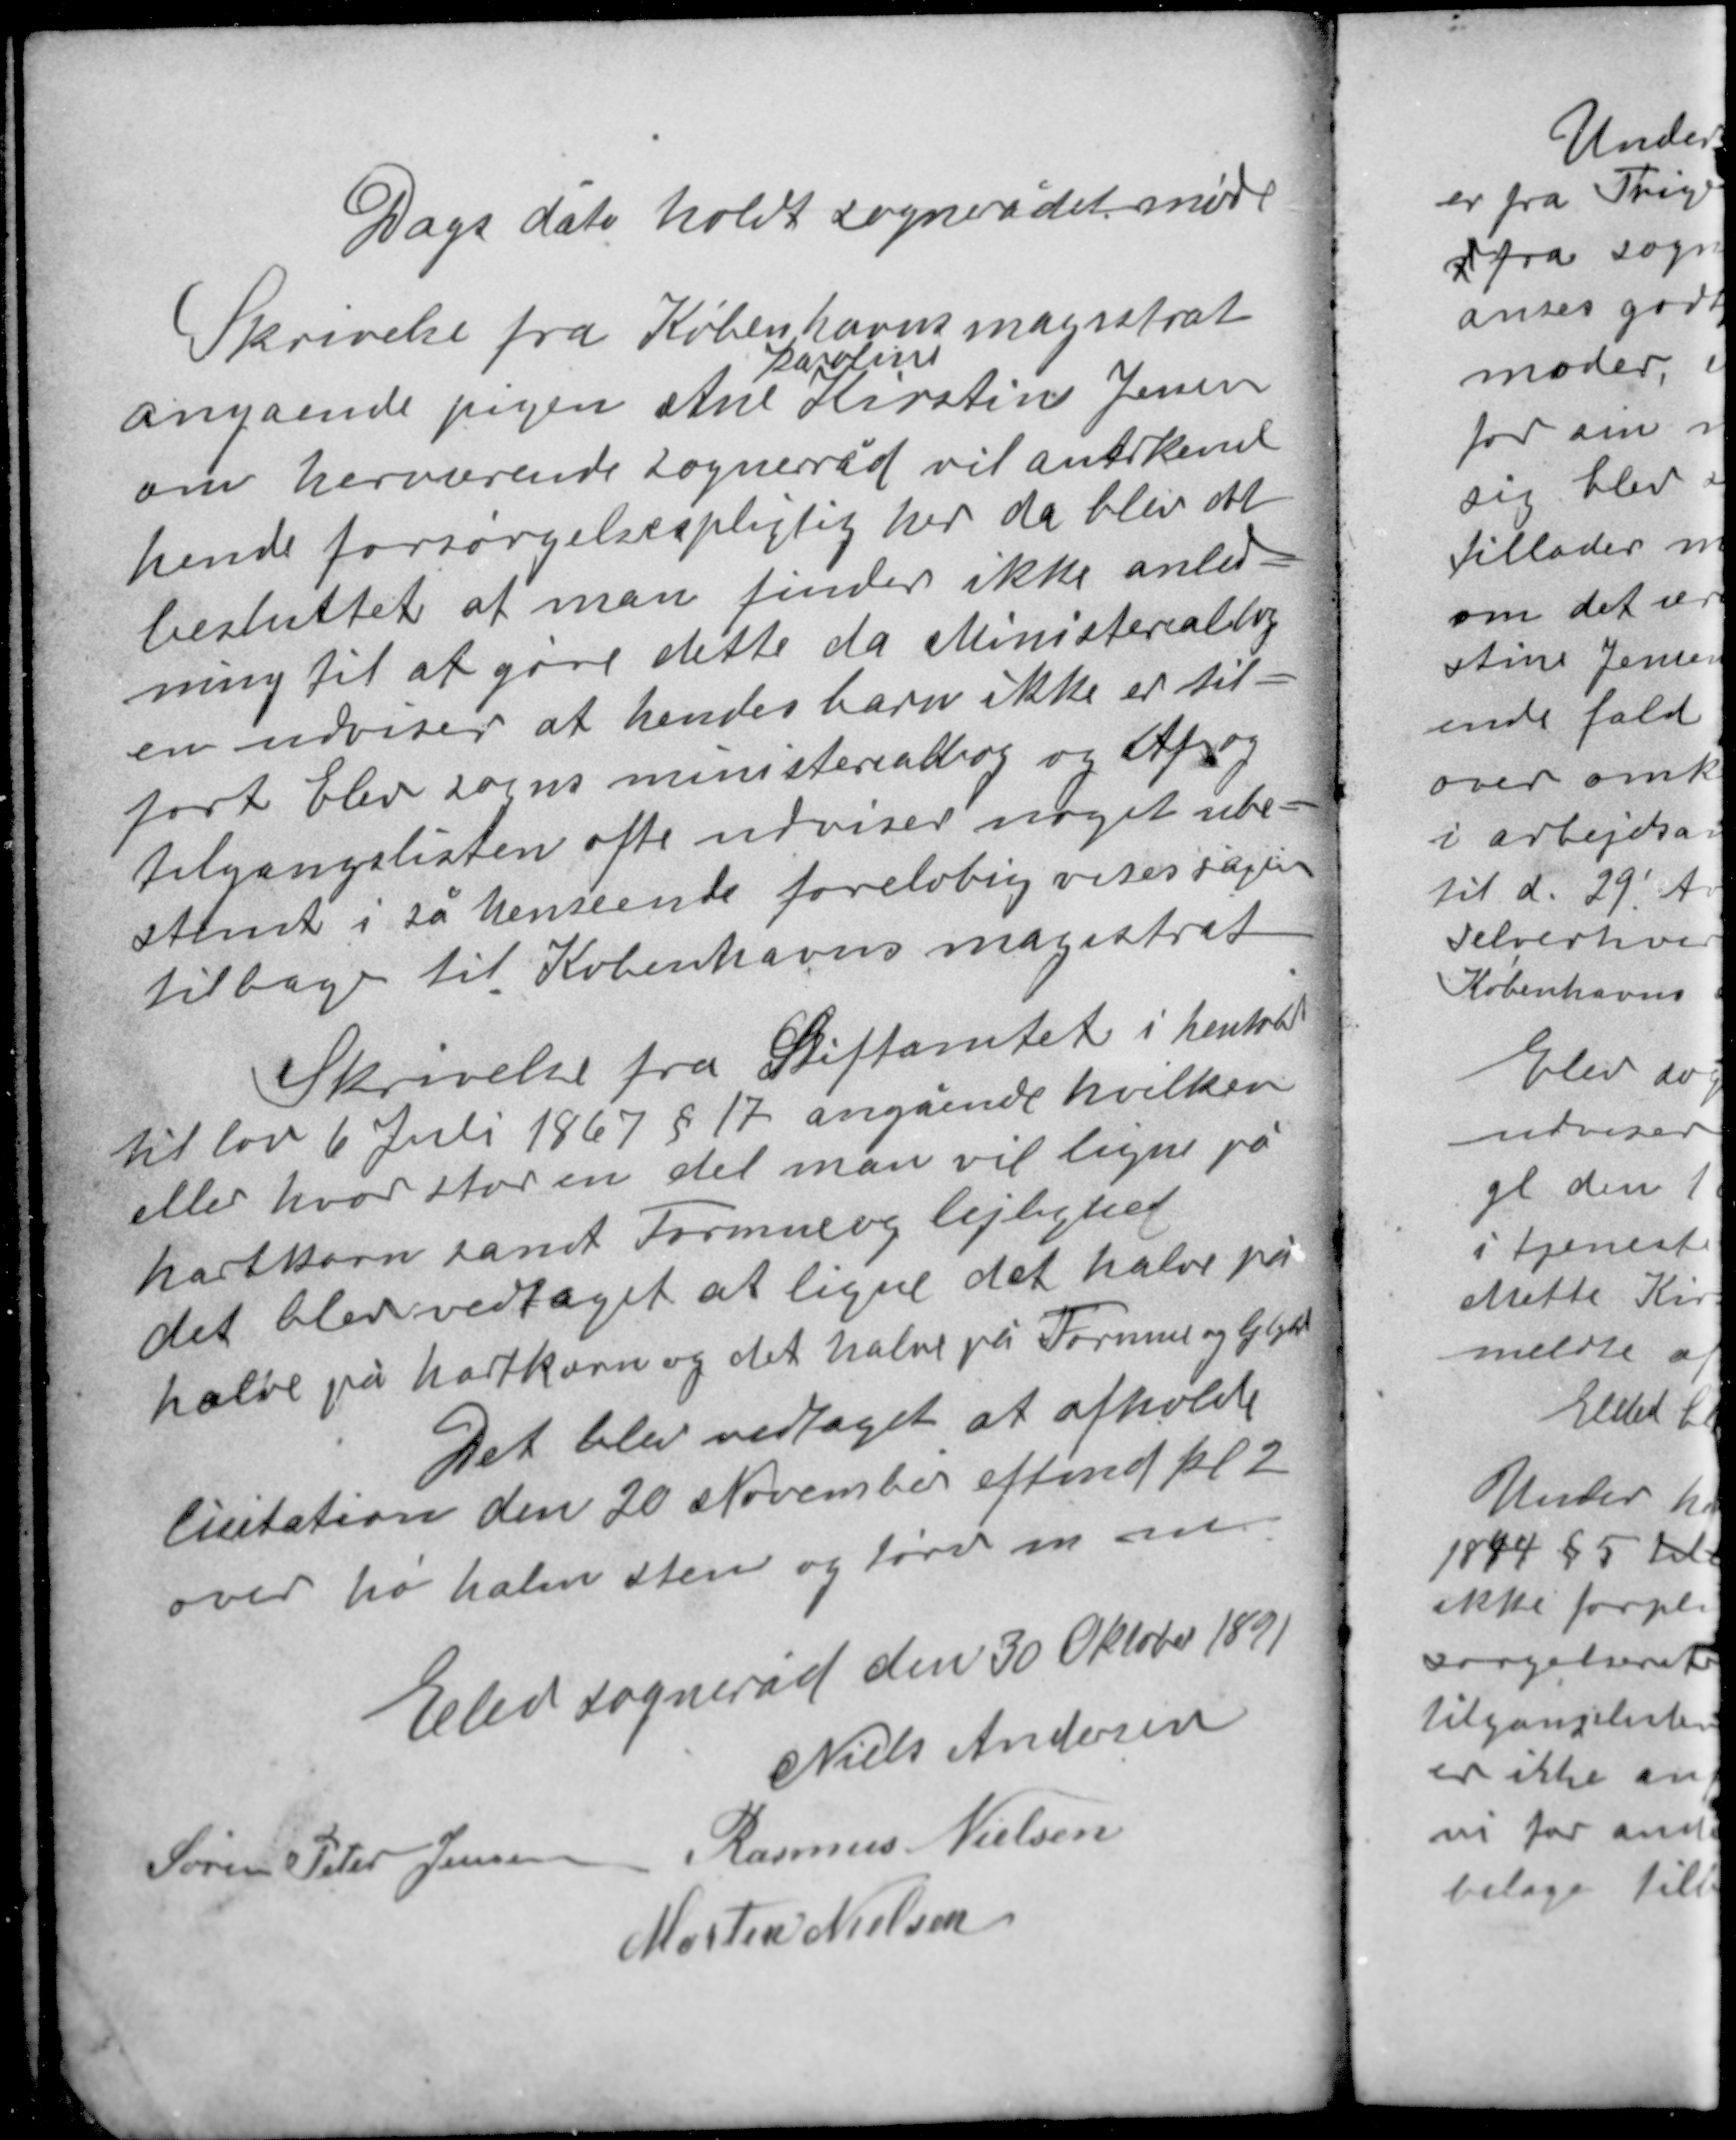
Transskription:
Dags dato holdt sognerådet møde

Skrivelse fra Københavns magistrat
Karoline
angående pigen Ane Kirstine Jensen
om herværende sogneråd vil anderkende
hende forsørgelsespligtig her da blev det
besluttet at man finder ikke anled-
ning til at gøre dette da Ministerialbog-
en udviser at hendes barn ikke er til-
ført Elev sogns ministerialbog og Af- og
tilgangslisten ofte udviser noget ube-
stemt i så henseende foreløbig vises sagen
tilbage til Københavns magistrat.

Skrivelse fra Stiftamtet i henhold
til lov 6 Juli 1867 § 17 angående hvilken
eller hvor stor en del man vil ligne på
hartkorn samt Formue og lejlighed
det blev vedtaget at ligne det halve på
halve på hartkorn og det halve på Formue og lejlighed
Det blev vedtaget at afholde
lisitation den 20 November eftmd kl. 2
over hø halm sten og tørv m. m.

Elev sogneråd den 30 Oktober 1891
Niels Andersen
Søren Peter Jensen Rasmus Nielsen
Morten Nielsen